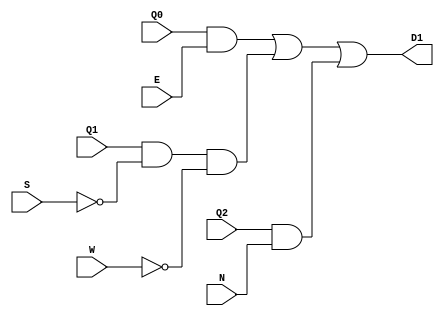
module Location1(input N, S, E, W, Q0, Q1, Q2, output D1);

    assign D1 = (Q0 & E) | (Q1 & ~S & ~W) | (Q2 & N);

endmodule